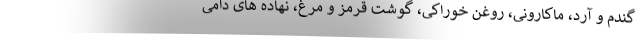
گندم و آرد، ماکارونی، روغن خوراکی، گوشت قرمز و مرغ، نهاده های دامی